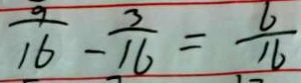
\frac { 9 } { 1 6 } - \frac { 3 } { 1 6 } = \frac { 6 } { 1 6 }